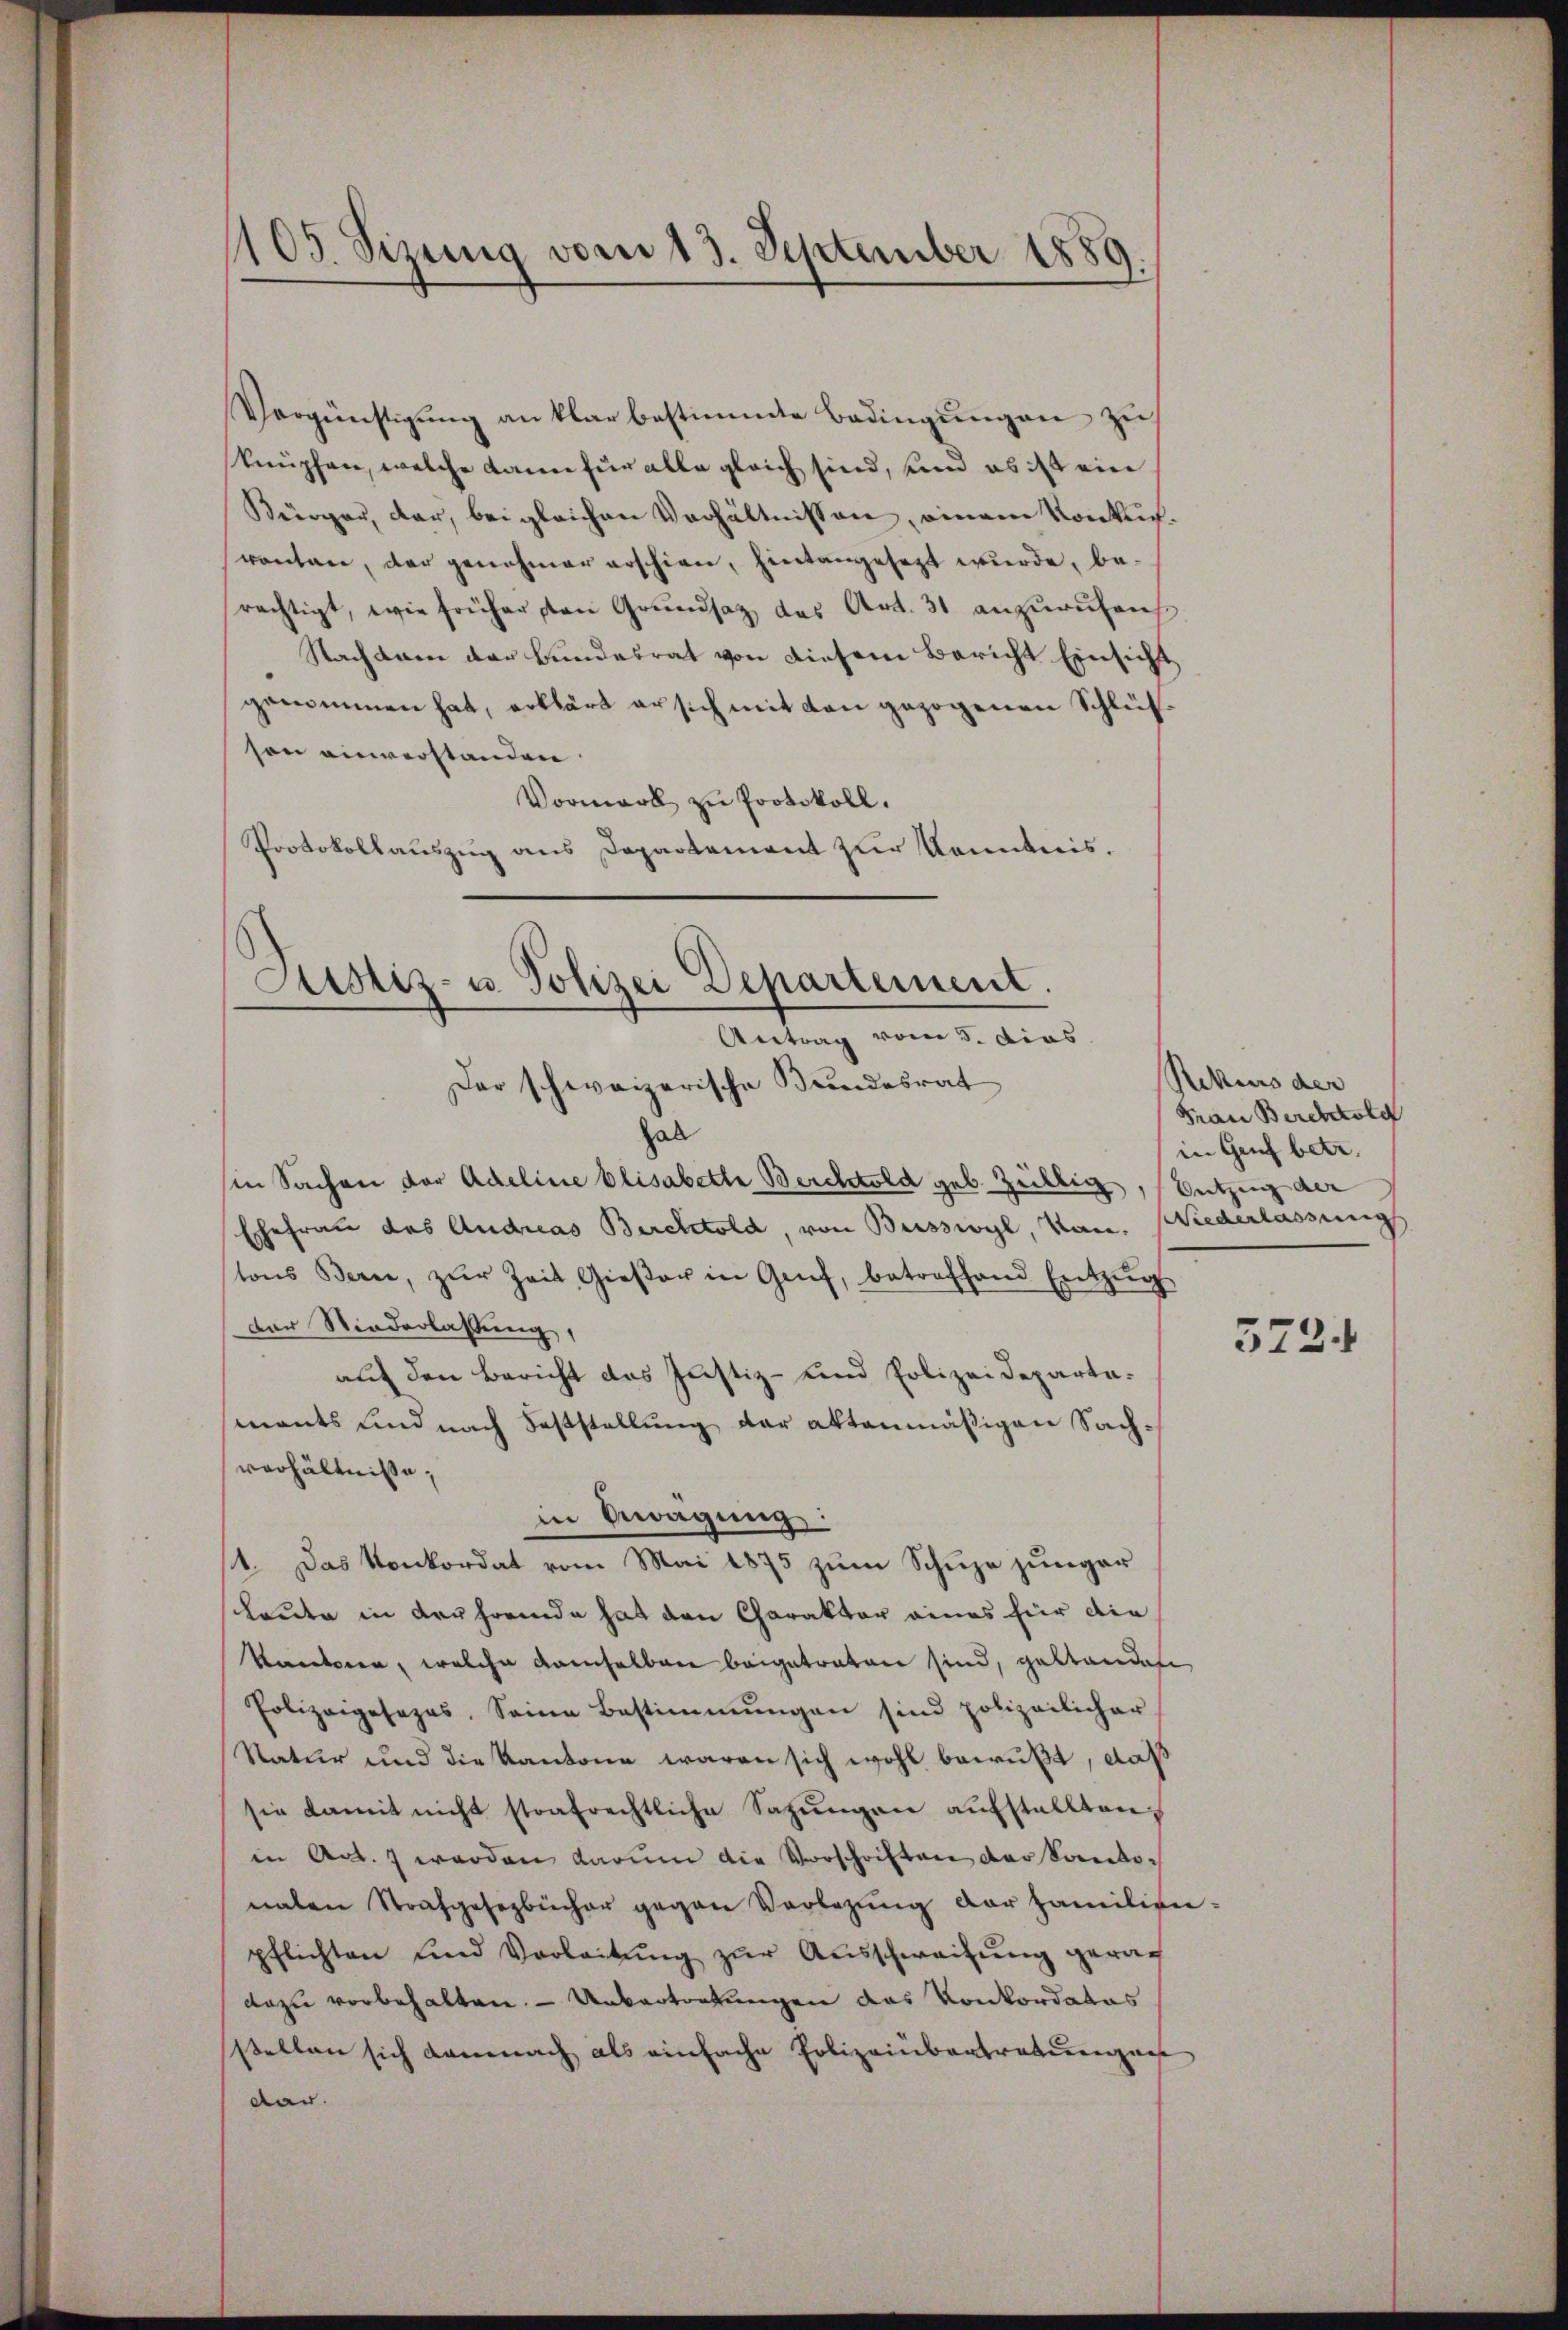
1105. Sizung vom 13. September 1889.

Vergünstigung an klar bestimmte Bedingungen zu
knüpfen, welche kann für alle gleich sind, und es ist ein
Bürger, dar, bei gleichen Verhältnissen, einem Konkuchrontan, der genehmer erschien, hintangesezt wurde, berächtigt, wie früher von Grŭndsatz des Art. 31 anzurufen
Nachsam der Bundesrat von diesem Bericht Einsicht
genommen hat, erklärt er sich mit den gezogenen Schlüsson einverstanden.
Vormark zu Protokoll.
Protokollauszug aus Departement zur Kenntnis.

Justiz- u. Polizei Departement.
Antrag vom 5. dies
Der schweizerische Bundesrat

hall
in Sachen der Adeline Elisabette Berchtold geb. Züllig, stützung der
Ehefrau des Andreas Berchtold, von Busswyl, kan. Wiederlassung
tons Bern, zŭr Zeit, Gieβer in Genf, betreffend Entzŭg
Der Niederlassung,
auf den Bericht das Justiz- und Polizeidepartemants und nach Feststellung der aktenmäßigen Sachverhältniße,
1. Das Konkordat vom Mai 1875 zum Schuze jünger
schauder in der fremde hat den Charakter eines für die
kantoren, welche demselben beigetraten sind, gestanden
Polizeigesezes. Seine Bestimmungen sind polizeilicher
Natur und die Kantone waren sich wohl bewußt, daß
sie damit nicht strafrechtliche Sagŭngen aufstellten,
in Art. 7 werden darum die Vorschriften der Santonalen Strafgesezbücher gegen Verlegŭng der Familien-
pflichten und Verleitŭng zŭr Aŭsschweitung gerach
dazu vorbehalten. — Untertortungen das Konkordates
sstellen sich demnach als einfache Polizeinbertraturenzans
dar.

in Bewägung:

Rekurs der
Tan Berchtold
in Genf betr.

573.